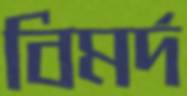
বিমর্দ